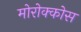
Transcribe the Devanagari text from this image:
मोरोक्कोस